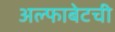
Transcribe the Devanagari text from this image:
अल्फाबेटची